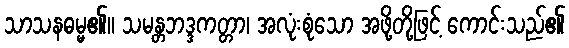
သာသနဓမ္မ၏။ သမန္တဘဒ္ဒကတ္တာ၊ အလုံးစုံသော အဖို့တို့ဖြင့် ကောင်းသည်၏